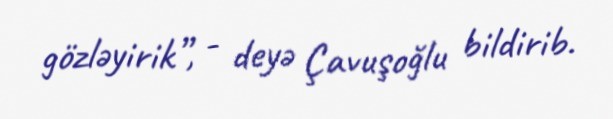
gözləyirik”, - deyə Çavuşoğlu bildirib.